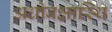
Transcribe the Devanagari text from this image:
अधोवक्षास्थि